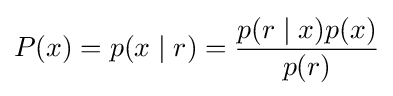
P(x)=p(x\mid r)={\frac {p(r\mid x)p(x)}{p(r)}}